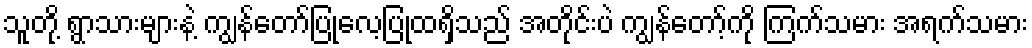
သူတို့ ရွာသားများနဲ့ ကျွန်တော်ပြုလေ့ပြုထရှိသည် အတိုင်းပဲ ကျွန်တော့်ကို ကြက်သမား အရက်သမား